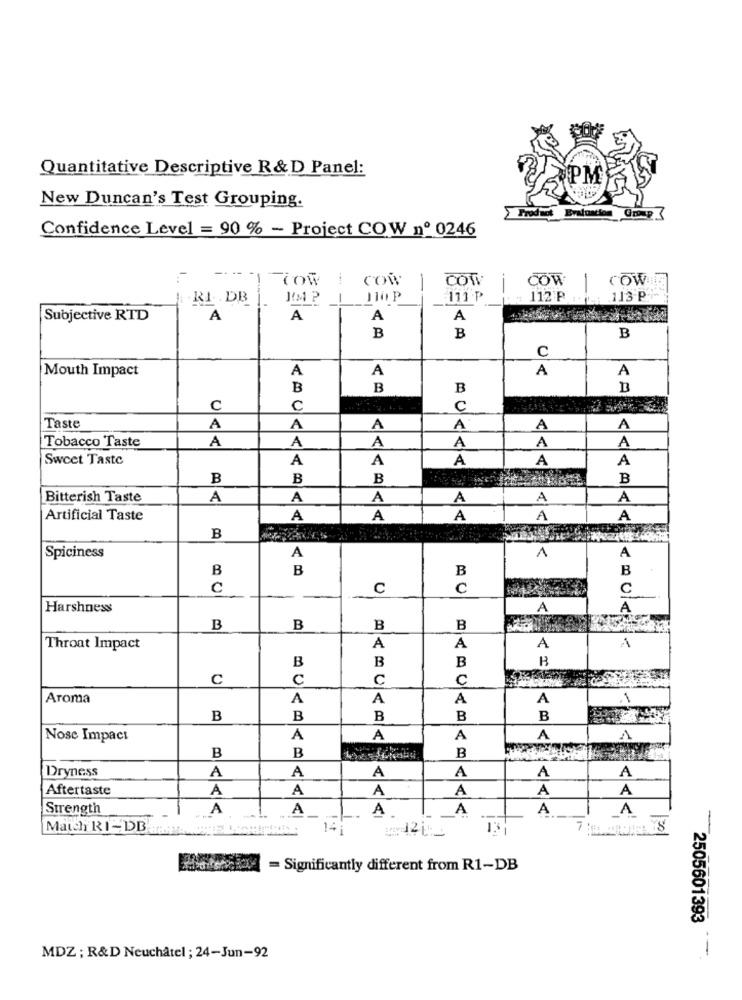
Quantitative Descriptive R& D Panel:
PM
New Duncan's Test Grouping.
Product Evaluation
Confidence Level = 90 % - Project COW nº 0246
COR
COV
COW
COW
-
RI DB
110 P
111 P
112 P : . 113 P
Subjective RTD
A
A
A
A
B
B
B
C
Mouth Impact
A
A
A
A
B
B
B
C
C
C
Taste
A
A
A
A
A
A
A
A
A
Tobacco Taste
A
A
A
Sweet Taste
A
A
A
A
A
B
B
B
B
Bitterish Taste
A
A
A
A
A
A
Artificial Taste
A
A
A
A
A
B
Spiciness
A
1
A
B
B
B
B
c
C
c
Harshness
A
B
B
B
B
Throat Impact
A
A
A
A
B
B
B
C
C
C
C
Aroma
A
A
A
A
1
B
B
B
B
B
Nose Impact
A
A
A
A
1
B
B
B
Dryness
A
A
A
A
A
A
Aftertaste
A
A
A
A
A
A
Strength
A
A
A
A
A
A
Maldi RI-DB.
14
13
30
= Significantly different from R1-DB
2505601393
-
MDZ ; R&D Neuchâtel ; 24-Jun-92